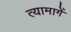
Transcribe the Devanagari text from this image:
त्यामागें